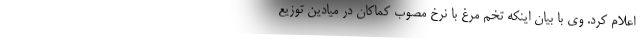
اعلام کرد. وی با بیان اینکه تخم مرغ با نرخ مصوب کماکان در میادین توزیع